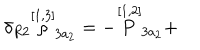
\delta _ { R 2 } \stackrel { [ 1 , 3 ] } { \rho } _ { 3 a _ { 2 } } = - \stackrel { [ 1 , 2 ] } { P } _ { 3 a _ { 2 } } +